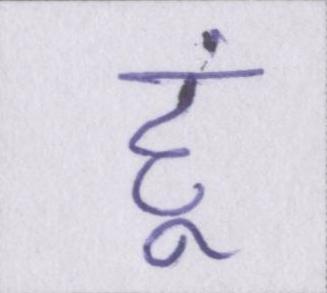
हूं